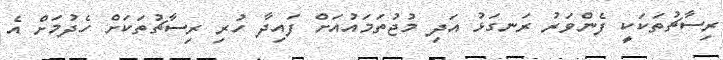
ރިސާޗުތަކަކީ ފެންވަރު ރަނގަޅު އަދި މުޖުތަމައުއަށް ފައިދާ ހުރި ރިސާޗުތަކަށް ހެދުމަށް އެ